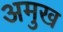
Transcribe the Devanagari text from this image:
अमुख